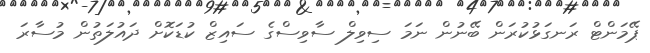
ޕޭމަންޓް ރަނގަޅުކުރަން ބޭނުން ނަމަ ސިވިލް ސާވިސްގެ ސައިޒް ކުޑަކޮށް ދައުލަތުން މުސާރަ